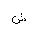
Letter: _shin